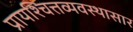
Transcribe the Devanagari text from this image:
प्रायश्चित्तव्यवस्थासार